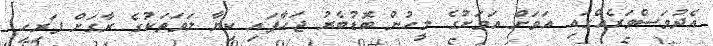
އެދުވަސްވަރެއްގައި އަވަށް އަވަށުގެ މީހުން ބޮޑުބެރު ޖަހާފައި ކިޔާ ލަވަތަކުގެ ރާގަށް ފަރިހި